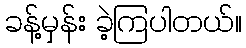
ခန့်မှန်း ခဲ့ကြပါတယ်။